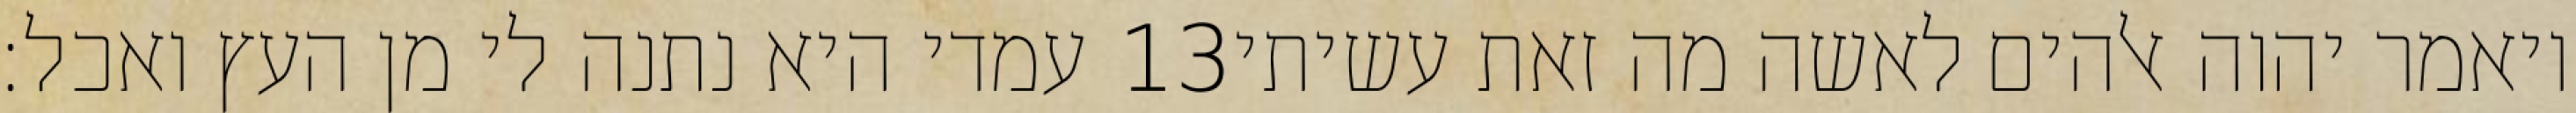
עמדי היא נתנה לי מן העץ ואכל׃ ‎13‏ ויאמר יהוה אלהים לאשה מה זאת עשיתי